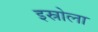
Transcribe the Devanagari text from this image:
इस्रोला